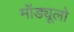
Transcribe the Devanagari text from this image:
मॉड्यूलो